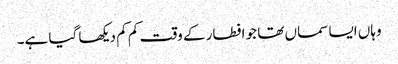
وہاں ایسا سماں تھا جو افطار کے وقت کم کم دیکھا گیا ہے۔